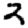
Digit: 2